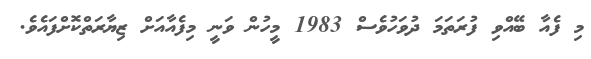
މި ފެއާ ބޭއްވި ފުރަތަމަ ދުވަހުވެސް 1983 މީހުން ވަނީ މިފެއާއަށް ޒިޔާރަތްކޮށްފައެވެ.